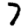
Digit: 7